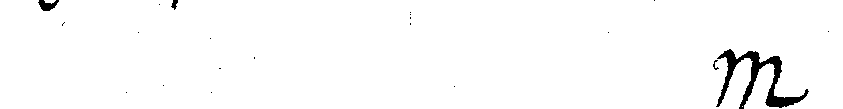
#